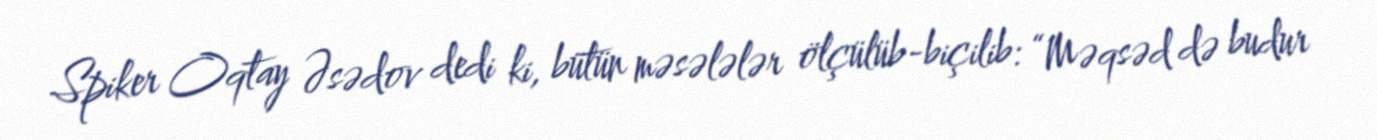
Spiker Oqtay Əsədov dedi ki, bütün məsələlər ölçülüb-biçilib: “Məqsəd də budur